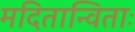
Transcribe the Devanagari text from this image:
मदितान्विताः